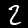
Label: 2